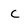
Character: c